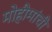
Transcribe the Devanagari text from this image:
मोहीमांची